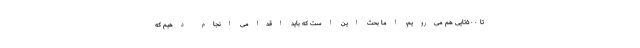
تا ۵۰۰تایی هم می‌رویم، اما بحث این است که باید اقدامی انجام دهیم که